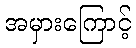
အမှားကြောင့်